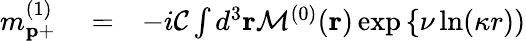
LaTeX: \begin{array}{rlr}{m_{\mathbf{p}+}^{(1)}}&{{}=}&{-i{\cal C}\int d^{3}\mathbf{r}{\cal M}^{(0)}(\mathbf{r})\exp\left\{ \nu\ln(\kappa r))\right.}\end{array}